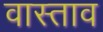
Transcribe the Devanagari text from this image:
वास्ताव